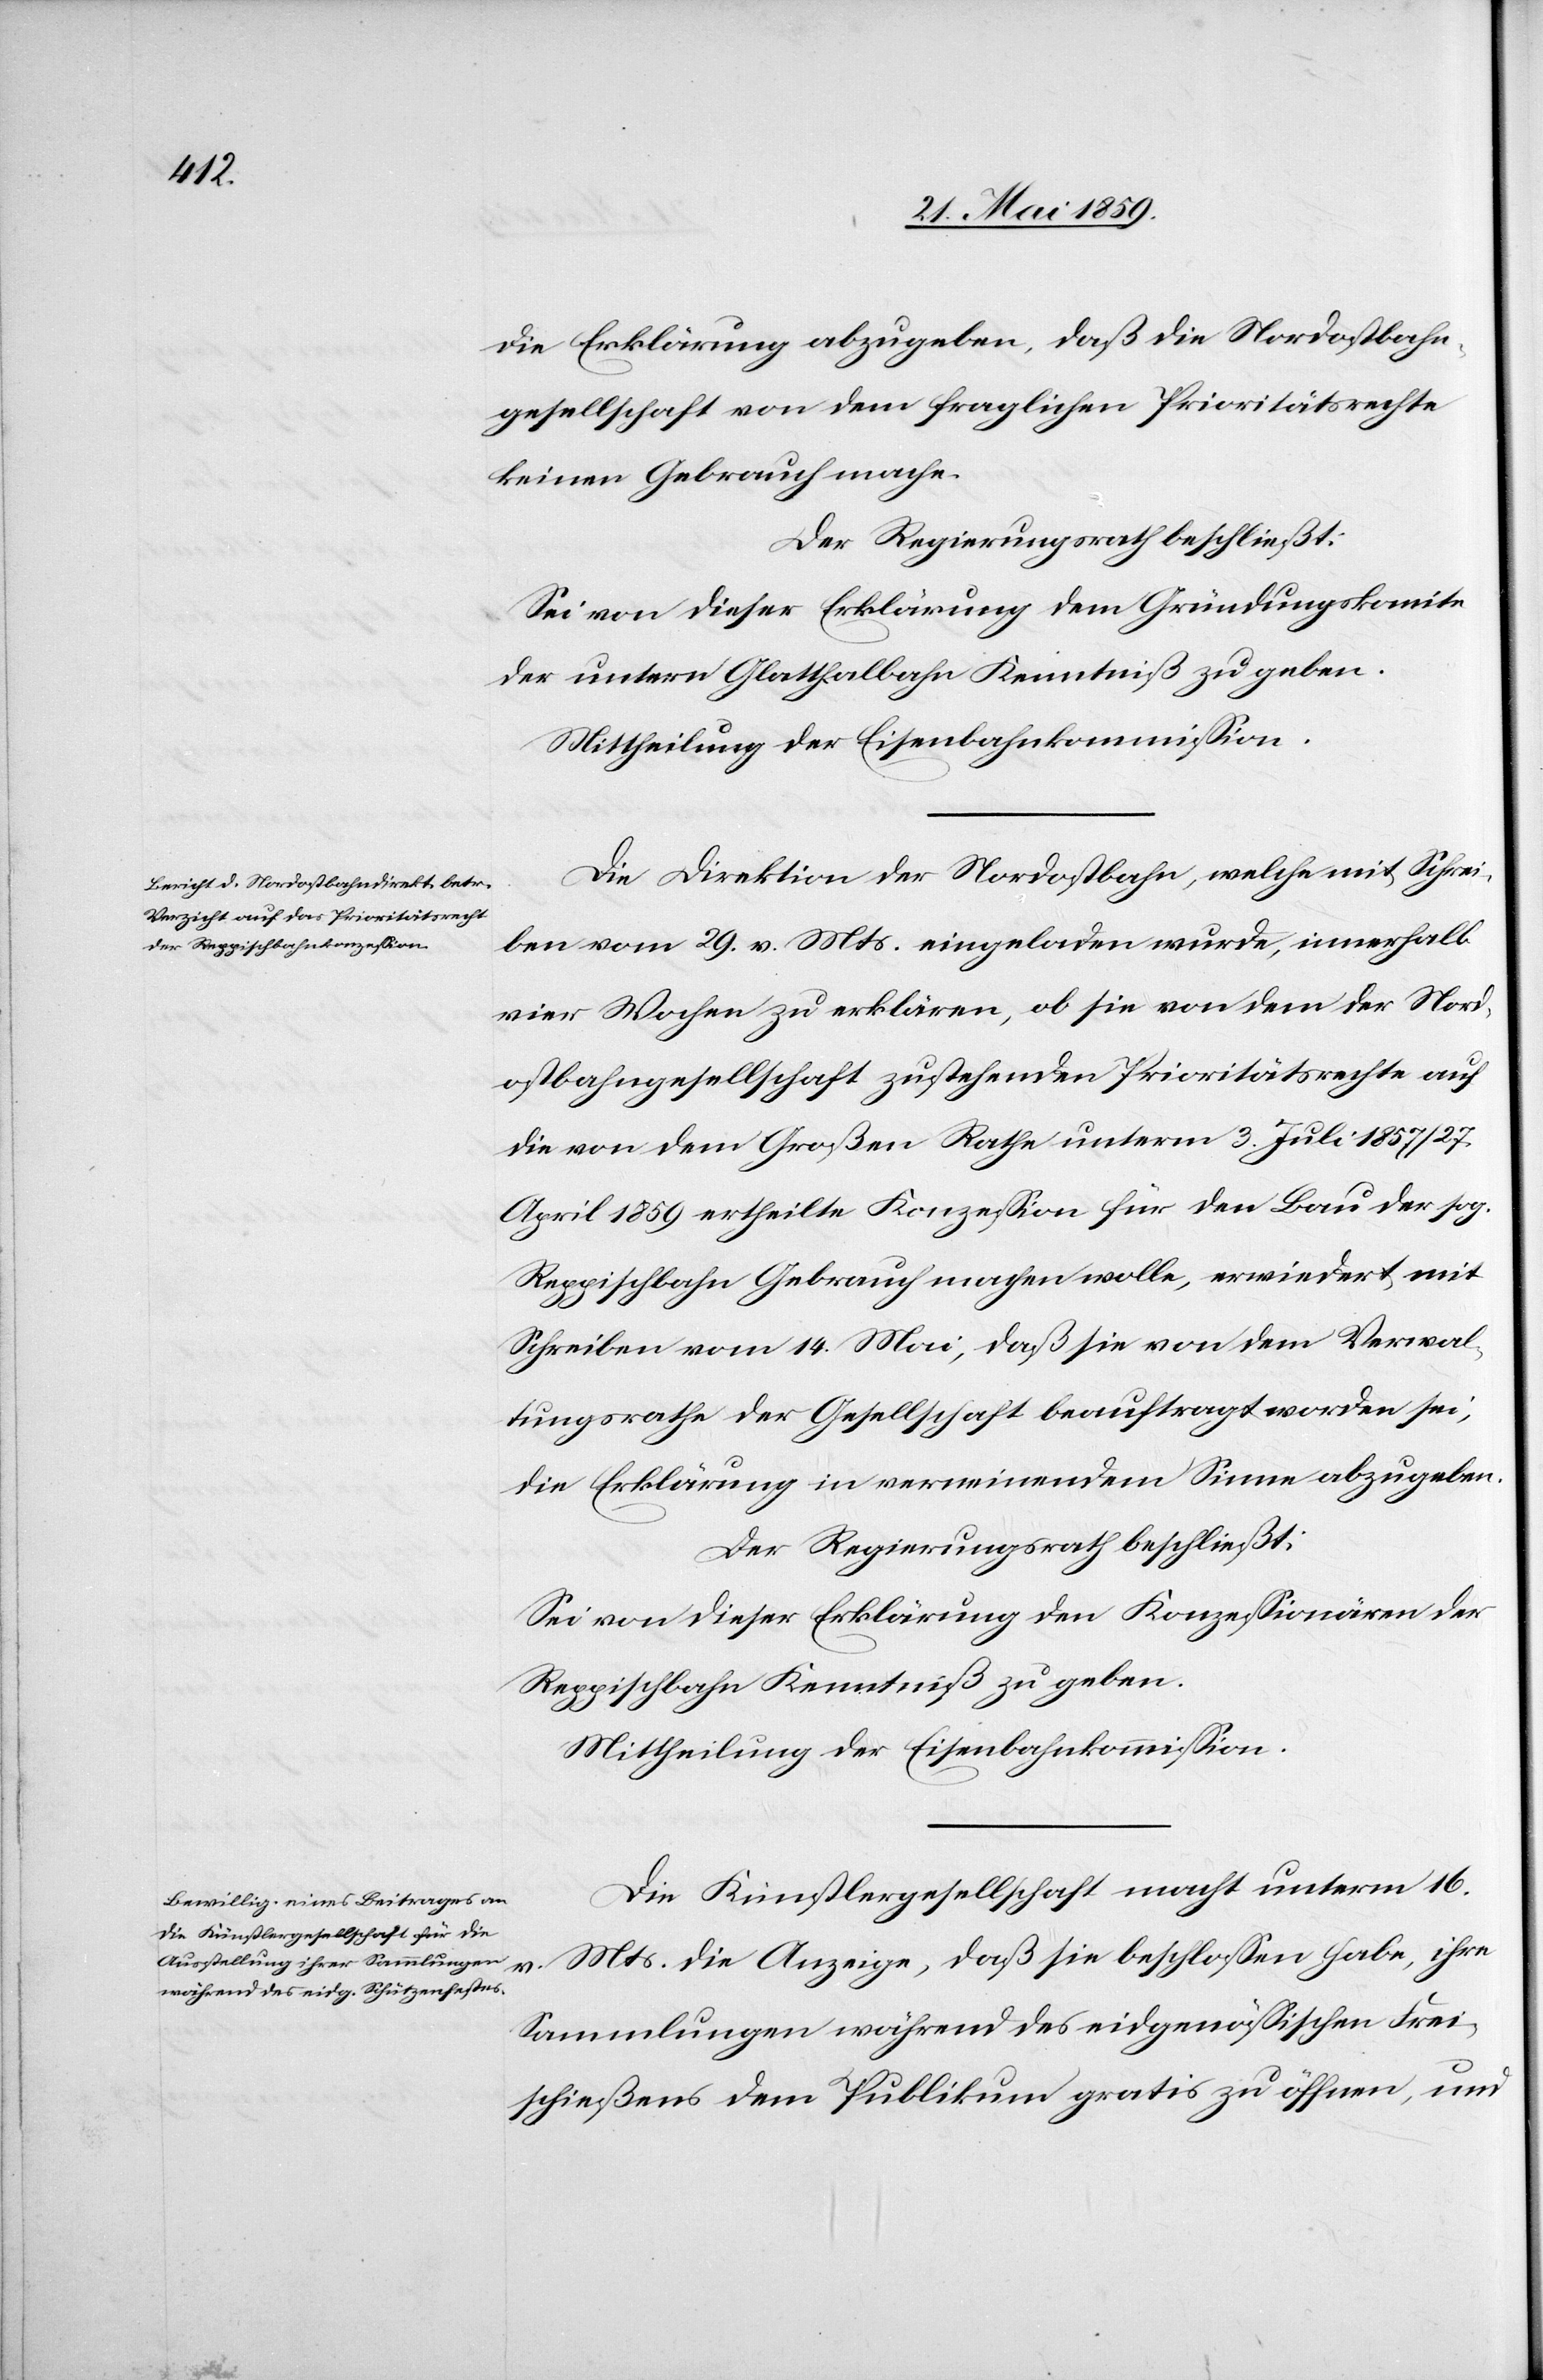
die Erklärung abzugeben, daß die Nordostbahn¬
gesellschaft von dem fraglichen Prioritätsrechte
keinen Gebrauch mache.
Der Regierungsrath beschließt:
Sei von dieser Erklärung dem Gründungskomite
der untern Glatthalbahn Kenntniß zu geben.
Mittheilung der Eisenbahnkommißion.
Die Direktion der Nordostbahn, welche mit Schrei¬
ben vom 29. v. Mts. eingeladen wurde, innerhalb
vier Wochen zu erklären, ob sie von dem der Nord¬
ostbahngesellschaft zustehenden Prioritätsrechte auf
die von dem Großen Rathe unterm 3. Juli 1857 / 27.
April 1859 ertheilte Konzeßion für den Bau der sog.
Reppischbahn Gebrauch machen wolle, erwiedert mit
Schreiben vom 14. Mai, daß sie von dem Verwal¬
tungsrathe der Gesellschaft beauftragt worden sei,
die Erklärung in verneinendem Sinne abzugeben.
Der Regierungsrath beschließt:
Sei von dieser Erklärung den Konzeßionären der
Reppischbahn Kenntniß zu geben.
Mittheilung der Eisenbahnkommißion.
Die Künstlergesellschaft macht unterm 16.
Mts. die Anzeige, daß sie beschloßen habe, ihre
Sammlungen während des eidgenößischen Frei¬
schießens dem Publikum gratis zu öffnen, und